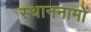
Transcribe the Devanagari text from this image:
स्थाननामों